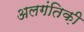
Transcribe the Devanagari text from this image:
अलगंतिक़ी